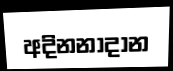
අදිනනාදාන